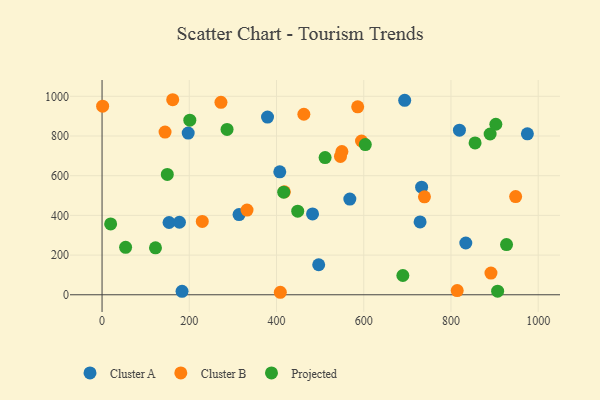
{"axis": {"x": "Investment", "y": "Sales"}, "legend": ["Cluster A", "Cluster B", "Projected"], "data": [{"x": "183.4", "y": 17.2, "type": "Cluster A"}, {"x": "314.1", "y": 404.3, "type": "Cluster A"}, {"x": "197.5", "y": 814.9, "type": "Cluster A"}, {"x": "729.2", "y": 367.3, "type": "Cluster A"}, {"x": "568.1", "y": 482.2, "type": "Cluster A"}, {"x": "834.0", "y": 260.9, "type": "Cluster A"}, {"x": "496.7", "y": 151.2, "type": "Cluster A"}, {"x": "482.6", "y": 407.3, "type": "Cluster A"}, {"x": "153.6", "y": 364.1, "type": "Cluster A"}, {"x": "407.5", "y": 619.5, "type": "Cluster A"}, {"x": "975.2", "y": 810.8, "type": "Cluster A"}, {"x": "177.4", "y": 365.5, "type": "Cluster A"}, {"x": "819.4", "y": 829.2, "type": "Cluster A"}, {"x": "379.4", "y": 895.6, "type": "Cluster A"}, {"x": "732.7", "y": 542.4, "type": "Cluster A"}, {"x": "693.9", "y": 979.7, "type": "Cluster A"}, {"x": "229.8", "y": 369.4, "type": "Cluster B"}, {"x": "948.3", "y": 494.8, "type": "Cluster B"}, {"x": "891.7", "y": 109.5, "type": "Cluster B"}, {"x": "462.7", "y": 909.6, "type": "Cluster B"}, {"x": "144.4", "y": 820.0, "type": "Cluster B"}, {"x": "332.4", "y": 426.7, "type": "Cluster B"}, {"x": "272.6", "y": 969.6, "type": "Cluster B"}, {"x": "549.9", "y": 721.9, "type": "Cluster B"}, {"x": "594.9", "y": 774.8, "type": "Cluster B"}, {"x": "418.0", "y": 518.8, "type": "Cluster B"}, {"x": "162.0", "y": 982.8, "type": "Cluster B"}, {"x": "408.7", "y": 12.6, "type": "Cluster B"}, {"x": "814.3", "y": 21.0, "type": "Cluster B"}, {"x": "1.3", "y": 950.2, "type": "Cluster B"}, {"x": "586.1", "y": 946.8, "type": "Cluster B"}, {"x": "739.2", "y": 493.4, "type": "Cluster B"}, {"x": "546.6", "y": 697.2, "type": "Cluster B"}, {"x": "286.6", "y": 833.2, "type": "Projected"}, {"x": "511.4", "y": 691.2, "type": "Projected"}, {"x": "122.5", "y": 236.8, "type": "Projected"}, {"x": "448.6", "y": 421.2, "type": "Projected"}, {"x": "689.7", "y": 97.2, "type": "Projected"}, {"x": "201.2", "y": 879.8, "type": "Projected"}, {"x": "927.4", "y": 252.7, "type": "Projected"}, {"x": "19.7", "y": 356.8, "type": "Projected"}, {"x": "855.3", "y": 765.0, "type": "Projected"}, {"x": "889.8", "y": 810.0, "type": "Projected"}, {"x": "603.6", "y": 756.6, "type": "Projected"}, {"x": "902.9", "y": 859.3, "type": "Projected"}, {"x": "54.0", "y": 239.2, "type": "Projected"}, {"x": "416.5", "y": 517.0, "type": "Projected"}, {"x": "907.0", "y": 18.2, "type": "Projected"}, {"x": "149.6", "y": 606.4, "type": "Projected"}]}